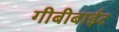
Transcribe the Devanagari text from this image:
गीबीबाईट